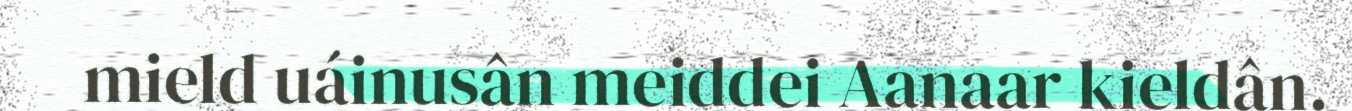
mield uáinusân meiddei Aanaar kieldân.